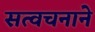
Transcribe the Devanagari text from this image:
सत्वचनाने